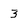
Character: 3